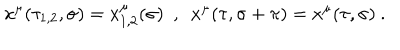
x ^ { \mu } ( \tau _ { 1 , 2 } , \sigma ) = x _ { 1 , 2 } ^ { \mu } ( \sigma ) \ \ , \ \ x ^ { \mu } ( \tau , \sigma + \pi ) = x ^ { \mu } ( \tau , \sigma ) \ .